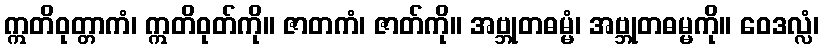
ဣတိဝုတ္တာကံ၊ ဣတိဝုတ်ကို။ ဇာတကံ၊ ဇာတ်ကို။ အဗ္ဘုတဓမ္မံ၊ အဗ္ဘုတဓမ္မကို။ ဝေဒလ္လံ၊